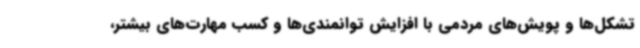
تشکل‌ها و پویش‌های مردمی با افزایش توانمندی‌ها و کسب مهارت‌های بیشتر،